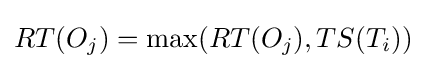
RT(O_{j})=\max(RT(O_{j}),TS(T_{i}))